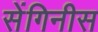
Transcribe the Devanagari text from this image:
सेंगिनीस